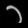
Digit: ၁